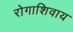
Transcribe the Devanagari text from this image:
रोगाशिवाय